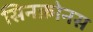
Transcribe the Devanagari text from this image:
सिनक्रोनस